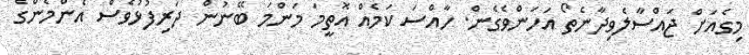
މިގެއަށް ޖައްސާލެވިދާނެތޯ އަހަންވެގެން. ހާއްސަ ކަމެއް އޮތީމަ މަންމަ ބޭނުން ދަރިފުޅުވެސް އެންމެންގެ